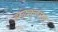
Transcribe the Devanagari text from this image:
झंळकत्याल